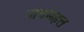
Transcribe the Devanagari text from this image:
पांचमहल